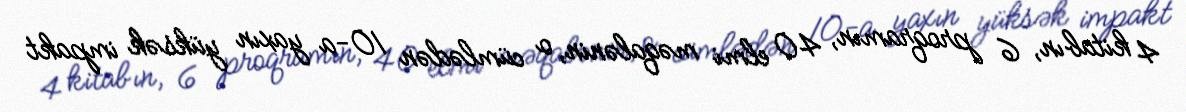
4 kitabın, 6 proqramın, 40 elmi məqalənin, o cümlədən 10-a yaxın yüksək impakt